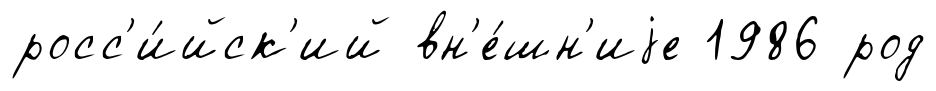
росс'и́йск'ий вн'е́шн'иjе 1986 род